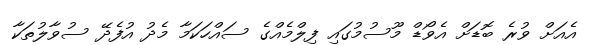
އެއަށް ވުރެ ބޮޑަށް އެވޯޑް މޫސުމުގައި ފިލްމެއްގެ ސައްހަކަމާ މެދު އުފެދޭ ސުވާލުތަކާ